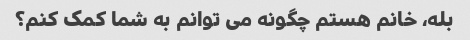
بله، خانم هستم چگونه می توانم به شما کمک کنم؟